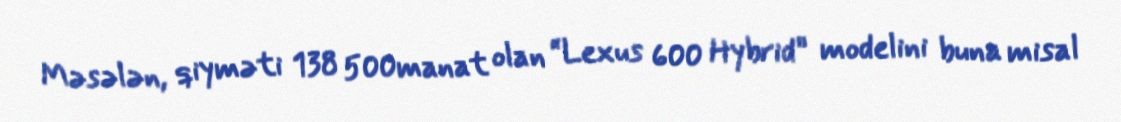
Məsələn, qiyməti 138 500manat olan “Lexus 600 Hybrid” modelini buna misal